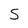
Character: S